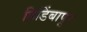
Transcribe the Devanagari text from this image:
हिडिंबापुर